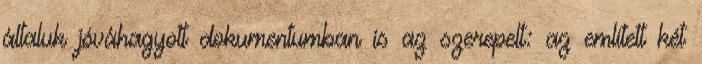
általuk jóváhagyott dokumentumban is az szerepelt: az említett két